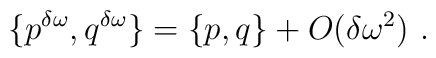
\{p^{\delta \omega},q^{\delta\omega}\}=\{p,q\}+O(\delta\omega ^2)\ .